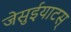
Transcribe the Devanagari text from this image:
जेसुईयाटस्